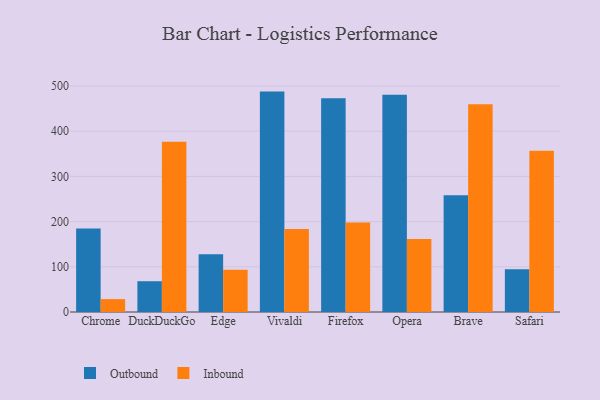
{"axis": {"x": "Browser", "y": "Website Visitors"}, "legend": ["Inbound", "Outbound"], "data": [{"x": "Chrome", "y": 184.8, "type": "Outbound"}, {"x": "Chrome", "y": 28.5, "type": "Inbound"}, {"x": "DuckDuckGo", "y": 68.1, "type": "Outbound"}, {"x": "DuckDuckGo", "y": 376.6, "type": "Inbound"}, {"x": "Edge", "y": 127.7, "type": "Outbound"}, {"x": "Edge", "y": 93.5, "type": "Inbound"}, {"x": "Vivaldi", "y": 487.7, "type": "Outbound"}, {"x": "Vivaldi", "y": 183.6, "type": "Inbound"}, {"x": "Firefox", "y": 472.9, "type": "Outbound"}, {"x": "Firefox", "y": 198.0, "type": "Inbound"}, {"x": "Opera", "y": 480.6, "type": "Outbound"}, {"x": "Opera", "y": 161.3, "type": "Inbound"}, {"x": "Brave", "y": 258.1, "type": "Outbound"}, {"x": "Brave", "y": 459.9, "type": "Inbound"}, {"x": "Safari", "y": 94.6, "type": "Outbound"}, {"x": "Safari", "y": 356.6, "type": "Inbound"}]}